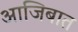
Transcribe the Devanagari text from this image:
आजिबात